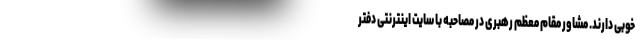
خوبی دارند. مشاور مقام معظم رهبری در مصاحبه با سایت اینترنتی دفتر